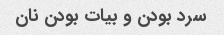
سرد بودن و بیات بودن نان